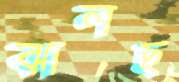
ঝালছ